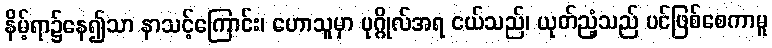
နိမ့်ရာ၌နေ၍သာ နာသင့်ကြောင်း၊ ဟောသူမှာ ပုဂ္ဂိုလ်အရ ငယ်သည်၊ ယုတ်ညံ့သည် ပင်ဖြစ်စေကာမူ